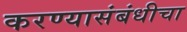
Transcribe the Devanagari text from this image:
करण्यासंबंधीचा